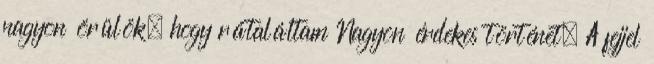
nagyon örülök, hogy rátaláltam Nagyon érdekes történet. A fejjel